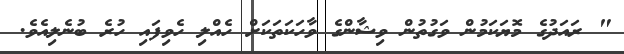
" ރައަދުގެ މޮޔަކަމުން ވަގުތުން ވިޝާންގެ ވާހަކަތަކަށް ހެއްލި ހެވިފައި ހުރެ ބުނެލިއެވެ.